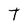
Character: T